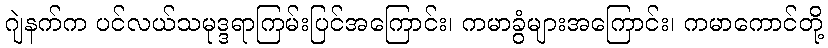
ဂျဲနက်က ပင်လယ်သမုဒ္ဒရာကြမ်းပြင်အကြောင်း၊ ကမာခွံများအကြောင်း၊ ကမာကောင်တို့